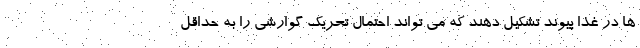
ها در غذا پیوند تشکیل دهند که می تواند احتمال تحریک گوارشی را به حداقل